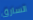
السارق